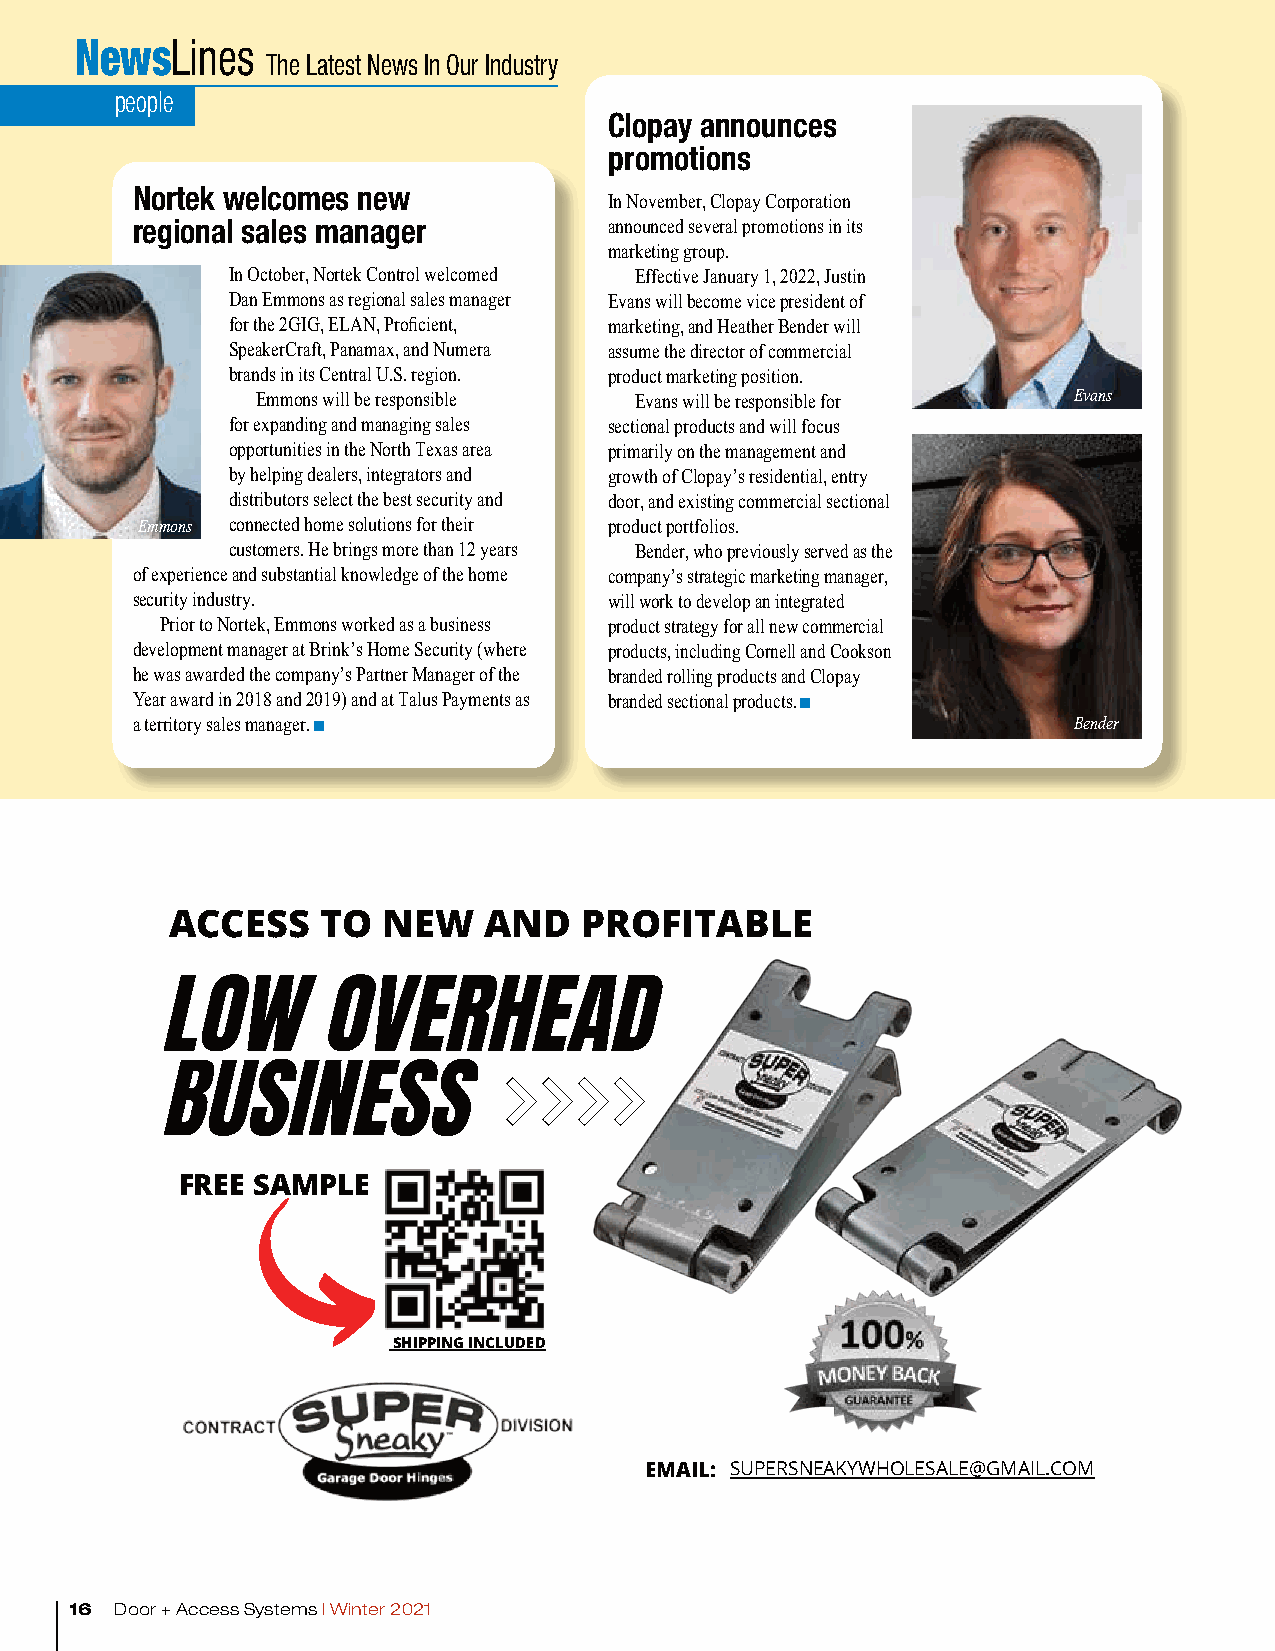
NewsLines
 The Latest News In Our Industry
 people
 Clopay announces
 promotions
 Nortek welcomes new            In November, Clopay Corporation
 regional sales manager         announced several promotions in its
 marketing group.
 In October, Nortek Control welcomed Effective January 1, 2022, Justin
 Dan Emmons as regional sales manager Evans will become vice president of
 for the 2GIG, ELAN, Proficient, marketing, and Heather Bender will
 SpeakerCraft, Panamax, and Numera assume the director of commercial
 brands in its Central U.S. region. product marketing position.
 Emmons will be responsible Evans will be responsible for Evans
 for expanding and managing sales sectional products and will focus
 opportunities in the North Texas area primarily on the management and
 by helping dealers, integrators and growth of Clopay’s residential, entry
 distributors select the best security and door, and existing commercial sectional
 Emmons connected home solutions for their product portfolios.
 customers. He brings more than 12 years Bender, who previously served as the
 of experience and substantial knowledge of the home company’s strategic marketing manager,
 security industry.             will work to develop an integrated
 Prior to Nortek, Emmons worked as a business product strategy for all new commercial
 development manager at Brink’s Home Security (where products, including Cornell and Cookson
 he was awarded the company’s Partner Manager of the branded rolling products and Clopay
 Year award in 2018 and 2019) and at Talus Payments as branded sectional products.
 a territory sales manager.                                    Bender
 ACCESS    TO  NEW    AND   PROFITABLE
 LOW        OVERHEAD
 BUSINESS
 FREE SAMPLE
 SHIPPING INCLUDED
 EMAIL: SUPERSNEAKYWHOLESALE@GMAIL.COM
 16 Door + Access Systems | Winter 2021